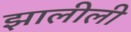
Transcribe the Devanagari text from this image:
झालीली